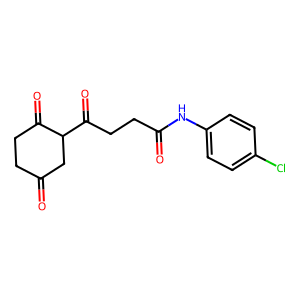
SMILES: O=C1CCC(=O)C(C(=O)CCC(=O)Nc2ccc(Cl)cc2)C1
Inhibits HIV replication: No